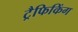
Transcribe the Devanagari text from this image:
ट्रैफिकिंग